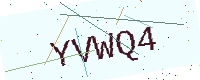
Text: YVWQ4